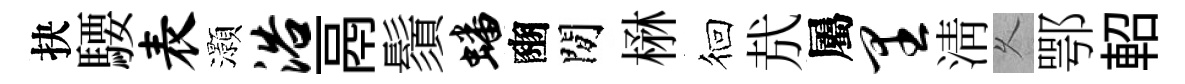
抉騕表灝浴鬲鬚蟠豳閒楙徊㢤屬里淸乆鄂軺